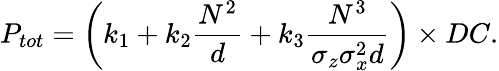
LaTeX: P_{tot}=\left(k_{1}+k_{2}\frac{N^{2}}{d}+k_{3}\frac{N^{3}}{\sigma_{z}\sigma_{x}^{2}d}\right)\times DC.